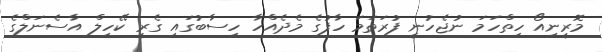
މޮރީނިއޯ ހިތްހަމަ ނުޖެހުނީ ފުރަތަމަ ހާފުގެ މެދެއްހާ ހިސާބުގައި ގެރީ ކޭހިލް އާސެނަލްގެ